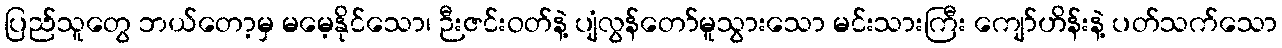
ပြည်သူတွေ ဘယ်တော့မှ မမေ့နိုင်သော၊ ဉီးဇင်းဝတ်နဲ့ ပျံလွန်တော်မူသွားသော မင်းသားကြီး ကျော်ဟိန်းနဲ့ ပတ်သက်သော